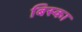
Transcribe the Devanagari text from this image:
बिस्का